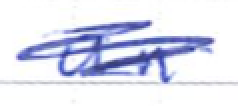
Text: an
Cross-out: scratch
Writing tool: ballpoint